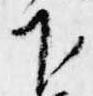
下